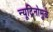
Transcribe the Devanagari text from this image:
न्यूट्रिनोमुळे